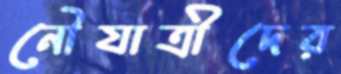
নৌযাত্রীদের